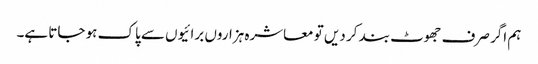
ہم اگر صرف جھوٹ بند کر دیں تو معاشرہ ہزاروں برائیوں سے پاک ہو جاتا ہے۔